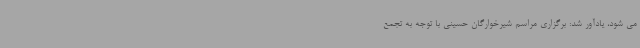
می شود، یادآور شد: برگزاری مراسم شیرخوارگان حسینی با توجه به تجمع